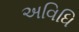
અવિધિ